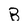
Character: B